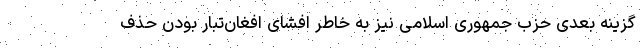
گزینه بعدی حزب جمهوری اسلامی نیز به خاطر افشای افغان‌تبار بودن حذف